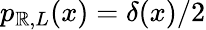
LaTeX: p_{\mathbb{R},L}(x)=\delta(x)/2